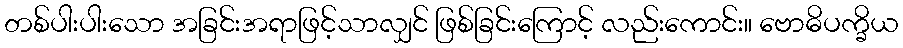
တစ်ပါးပါးသော အခြင်းအရာဖြင့်သာလျှင် ဖြစ်ခြင်းကြောင့် လည်းကောင်း။ ဗောဓိပက္ခိယ